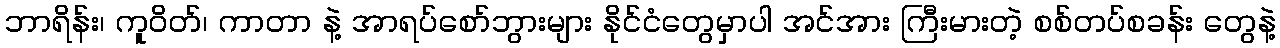
ဘာရိန်း၊ ကူဝိတ်၊ ကာတာ နဲ့ အာရပ်စော်ဘွားများ နိုင်ငံတွေမှာပါ အင်အား ကြီးမားတဲ့ စစ်တပ်စခန်း တွေနဲ့